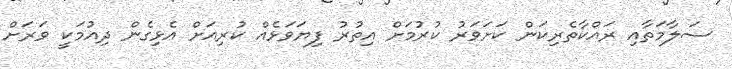
ސަލާމަތާއި ރައްކާތެރިކަން ކަށަވަރު ކުރުމަށް އިތުރު ފިޔަވަޅެއް ކުރިއަށް އެޅިގެން ދިއުމަކީ ވަރަށް